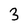
Character: 3